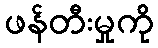
ဖန်တီးမှုကို